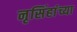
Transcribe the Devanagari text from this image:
नृसिंहांंच्या